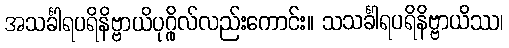
အသင်္ခါရပရိနိဗ္ဗာယိပုဂ္ဂိုလ်လည်းကောင်း။ သသင်္ခါရပရိနိဗ္ဗာယိဿ၊